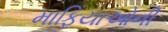
માફિયાઓની